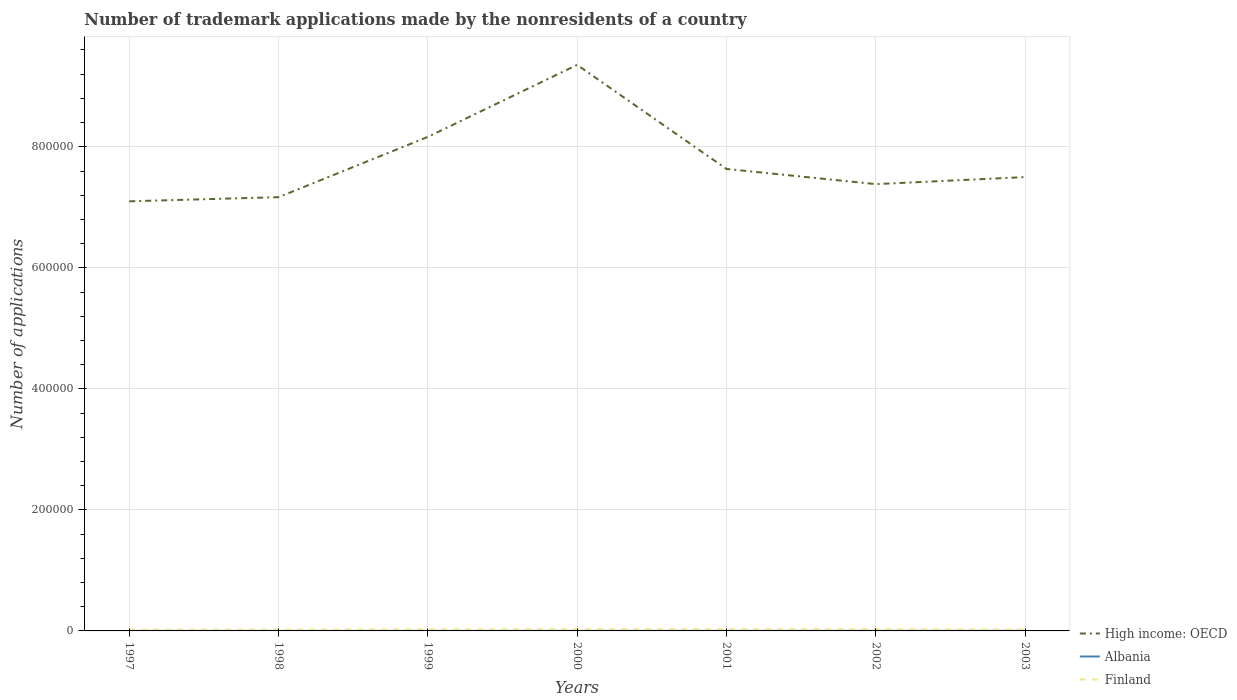
| Years | High income: OECD | Albania | Finland |
 | --- | --- | --- | --- |
 | 1997 | 7.1e+05 | 36 | 2.25e+03 |
 | 1998 | 7.17e+05 | 27 | 2.37e+03 |
 | 1999 | 8.16e+05 | 17 | 2.62e+03 |
 | 2000 | 9.35e+05 | 32 | 2.91e+03 |
 | 2001 | 7.63e+05 | 54 | 2.88e+03 |
 | 2002 | 7.38e+05 | 106 | 2.83e+03 |
 | 2003 | 7.5e+05 | 132 | 2.46e+03 |